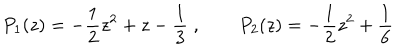
LaTeX: P _ { 1 } ( z ) = - \frac { 1 } { 2 } z ^ { 2 } + z - \frac { 1 } { 3 } \; , \qquad P _ { 2 } ( z ) = - \frac { 1 } { 2 } z ^ { 2 } + \frac { 1 } { 6 }